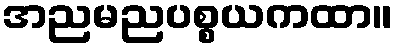
အညမညပစ္စယကထာ။